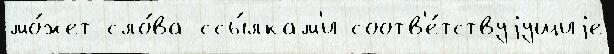
мо́жет сло́ва ссы́лкам'и соотв'е́тствуjущиjе